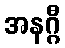
အနဂ္ဂီ